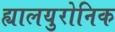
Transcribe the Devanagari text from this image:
ह्यालयुरोनिक